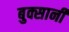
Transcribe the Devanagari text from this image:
बुक्सानी